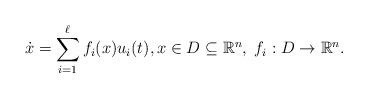
LaTeX: \begin{align*} \dot x=\sum_{i=1}^{\ell}f_i(x)u_i(t), x\in D\subseteq\mathbb R^n, \;f_i:D\to\mathbb R^n. \end{align*}